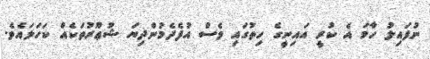
ނުފައިލު ހާމަ އެ ކުރީ އައިނީގެ ހިތުގައި ވެސް އުފެދެމުންދިޔަ ޝުޢޫރުތަކެއް ކަހަލައެވެ.